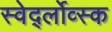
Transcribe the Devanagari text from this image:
स्वेर्द्लोव्स्क